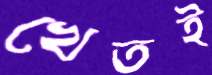
খেতই